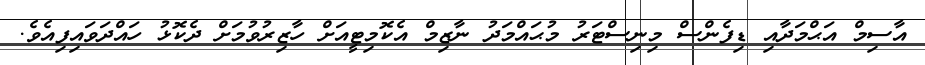
އާސިމް އަޙްމަދާއި ޑިފެންސް މިނިސްޓަރު މުޙައްމަދު ނާޒިމް އެކޮމިޓީއަށް ހާޒިރުވުމަށް ދެކޮޅު ހައްދަވައިފިއެވެ.